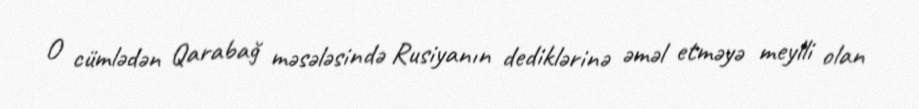
O cümlədən Qarabağ məsələsində Rusiyanın dediklərinə əməl etməyə meylli olan